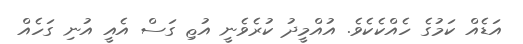
އަޑެއް ކަމުގެ ހެއްކެކެވެ. އުއްމީދު ކުރެވެނީ އުޱި ގަސް އެއީ އުނި ގަހެއް